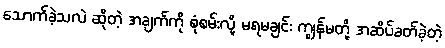
သောက်ခဲ့သလဲ ဆိုတဲ့ အချက်ကို စုံစမ်းလို့ မရမချင်း ကျွန်မတို့ အဆိပ်ခတ်ခဲ့တဲ့